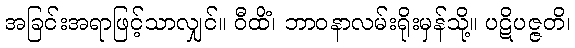
အခြင်းအရာဖြင့်သာလျှင်။ ဝီထိံ၊ ဘာဝနာလမ်းရိုးမှန်သို့။ ပဋိပဇ္ဇတိ၊